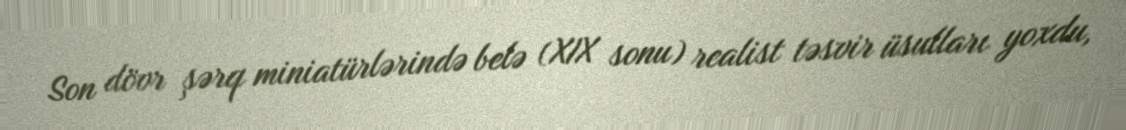
Son dövr şərq miniatürlərində belə (XIX sonu) realist təsvir üsulları yoxdu,